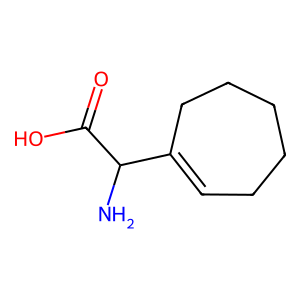
SMILES: NC(C(=O)O)C1=CCCCCC1
Inhibits HIV replication: No